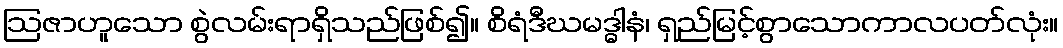
ဩဇာဟူသော စွဲလမ်းရာရှိသည်ဖြစ်၍။ စိရံဒီဃမဒ္ဓါနံ၊ ရှည်မြင့်စွာသောကာလပတ်လုံး။